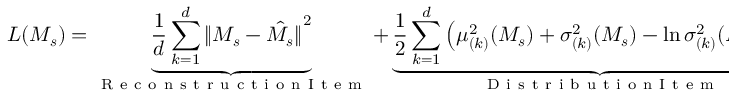
L ( \boldsymbol { M _ { s } } ) = \underbrace { \frac { 1 } { d } \sum _ { k = 1 } ^ { d } { \| \boldsymbol { M _ { s } } - \hat { \boldsymbol { M _ { s } } } \| } ^ { 2 } } _ { \mathrm { ~ R ~ e ~ c ~ o ~ n ~ s ~ t ~ r ~ u ~ c ~ t ~ i ~ o ~ n ~ I ~ t ~ e ~ m ~ } } + \underbrace { \frac { 1 } { 2 } \sum _ { k = 1 } ^ { d } \left( \mu _ { ( k ) } ^ { 2 } ( \boldsymbol { M _ { s } } ) + \sigma _ { ( k ) } ^ { 2 } ( \boldsymbol { M _ { s } } ) - \ln \sigma _ { ( k ) } ^ { 2 } ( \boldsymbol { M _ { s } } ) - 1 \right) } _ { \mathrm { ~ D ~ i ~ s ~ t ~ r ~ i ~ b ~ u ~ t ~ i ~ o ~ n ~ I ~ t ~ e ~ m ~ } }